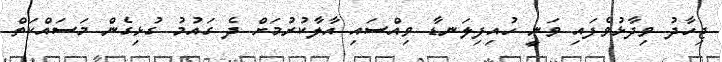
ޖިހާދު ވިދާޅުވެފައި ވަނީ ހުއިފިލަނޑާ ވިއްސައި އާލާކުރުމަށް ދެ ގައުމު ގުޅިގެން މަސައްކަތް